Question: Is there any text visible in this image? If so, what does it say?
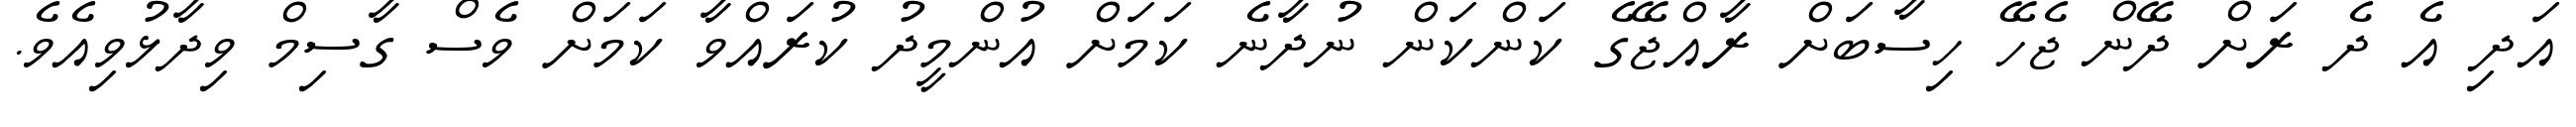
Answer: އަދި އެ ދެ ރަށް ދޭން ޖެހޭ ހިސާބަށް ރާއްޖޭގެ ކަންކަން ނުދާނެ ކަމަށް އުންމީދު ކުރައްވާ ކަމަށް ވެސް ގާސިމް ވިދާޅުވިއެވެ.